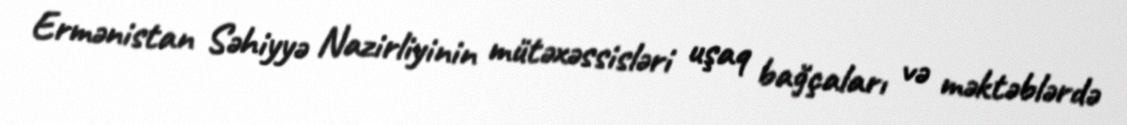
Ermənistan Səhiyyə Nazirliyinin mütəxəssisləri uşaq bağçaları və məktəblərdə